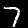
Digit: 7